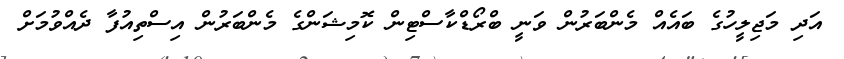
އަދި މަޖިލީހުގެ ބައެއް މެންބަރުން ވަނީ ބްރޯޑްކާސްޓިން ކޮމިޝަންގެ މެންބަރުން އިސްތިއުފާ ދެއްވުމަށް